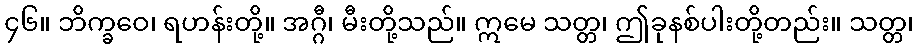
၄၆။ ဘိက္ခဝေ၊ ရဟန်းတို့။ အဂ္ဂီ၊ မီးတို့သည်။ ဣမေ သတ္တ၊ ဤခုနစ်ပါးတို့တည်း။ သတ္တ၊